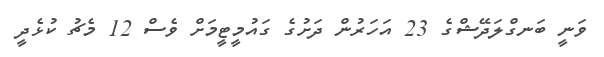
ވަނީ ބަނގްލަދޭޝްގެ 23 އަހަރުން ދަށުގެ ގައުމީޓީމަށް ވެސް 12 މެޗު ކުޅެދީ